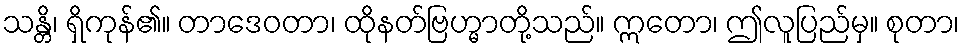
သန္တိ၊ ရှိကုန်၏။ တာဒေဝတာ၊ ထိုနတ်ဗြဟ္မာတို့သည်။ ဣတော၊ ဤလူပြည်မှ။ စုတာ၊